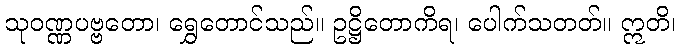
သုဝဏ္ဏပဗ္ဗတော၊ ရွှေတောင်သည်။ ဥဋ္ဌိတောကိရ၊ ပေါက်သတတ်။ ဣတိ၊